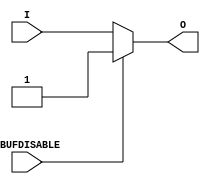
module IBUF_IBUFDISABLE (O, I, IBUFDISABLE);

    parameter IBUF_LOW_PWR = "TRUE";
    parameter IOSTANDARD = "DEFAULT";
    parameter SIM_DEVICE = "7SERIES";
    parameter USE_IBUFDISABLE = "TRUE";
`ifdef XIL_TIMING
    parameter LOC = "UNPLACED";
`endif // `ifdef XIL_TIMING
    
    output O;

    input  I;
    input  IBUFDISABLE;

// define constants
  localparam MODULE_NAME = "IBUF_IBUFDISABLE";

   wire out_val;
    initial begin
	

        case (IBUF_LOW_PWR)

            "FALSE", "TRUE" : ;
            default : begin
                          $display("Attribute Syntax Error : The attribute IBUF_LOW_PWR on IBUF_IBUFDISABLE instance %m is set to %s.  Legal values for this attribute are TRUE or FALSE.", IBUF_LOW_PWR);
                          #1 $finish;
                      end

        endcase
       if ((SIM_DEVICE != "7SERIES") &&
         (SIM_DEVICE != "ULTRASCALE") &&
         (SIM_DEVICE != "VERSAL_AI_CORE") &&
         (SIM_DEVICE != "VERSAL_AI_CORE_ES1") &&
         (SIM_DEVICE != "VERSAL_AI_CORE_ES2") &&
         (SIM_DEVICE != "VERSAL_AI_EDGE") &&
         (SIM_DEVICE != "VERSAL_AI_EDGE_ES1") &&
         (SIM_DEVICE != "VERSAL_AI_EDGE_ES2") &&
         (SIM_DEVICE != "VERSAL_AI_RF") &&
         (SIM_DEVICE != "VERSAL_AI_RF_ES1") &&
         (SIM_DEVICE != "VERSAL_AI_RF_ES2") &&
         (SIM_DEVICE != "VERSAL_HBM") &&
         (SIM_DEVICE != "VERSAL_HBM_ES1") &&
         (SIM_DEVICE != "VERSAL_HBM_ES2") &&
         (SIM_DEVICE != "VERSAL_PREMIUM") &&
         (SIM_DEVICE != "VERSAL_PREMIUM_ES1") &&
         (SIM_DEVICE != "VERSAL_PREMIUM_ES2") &&
         (SIM_DEVICE != "VERSAL_PRIME") &&
         (SIM_DEVICE != "VERSAL_PRIME_ES1") &&
         (SIM_DEVICE != "VERSAL_PRIME_ES2")) begin
      $display("Error: [Unisim %s-104] SIM_DEVICE attribute is set to %s.  Legal values for this attribute are 7SERIES, ULTRASCALE, VERSAL_AI_CORE, VERSAL_AI_CORE_ES1, VERSAL_AI_CORE_ES2, VERSAL_AI_EDGE, VERSAL_AI_EDGE_ES1, VERSAL_AI_EDGE_ES2, VERSAL_AI_RF, VERSAL_AI_RF_ES1, VERSAL_AI_RF_ES2, VERSAL_HBM, VERSAL_HBM_ES1, VERSAL_HBM_ES2, VERSAL_PREMIUM, VERSAL_PREMIUM_ES1, VERSAL_PREMIUM_ES2, VERSAL_PRIME, VERSAL_PRIME_ES1 or VERSAL_PRIME_ES2. Instance: %m", MODULE_NAME, SIM_DEVICE);
       #1 $finish;
    end
    end
   generate
       case (SIM_DEVICE)
         "7SERIES" : begin
                        assign out_val = 1'b1;
                     end
         default : begin
                        assign out_val = 1'b0;
                     end
        endcase
   endgenerate

    generate
       case (USE_IBUFDISABLE)
          "TRUE" :  begin
                        assign O = (IBUFDISABLE == 0)? I : (IBUFDISABLE == 1)? out_val  : 1'bx;
                    end
          "FALSE" : begin
                        assign O = I;
                    end
       endcase
    endgenerate

`ifdef XIL_TIMING
    specify

        (I => O) 		= (0:0:0,  0:0:0);
        (IBUFDISABLE => O)	= (0:0:0,  0:0:0);

        specparam PATHPULSE$ = 0;

    endspecify
`endif // `ifdef XIL_TIMING

endmodule